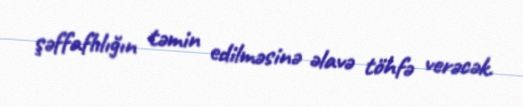
şəffaflılığın təmin edilməsinə əlavə töhfə verəcək.